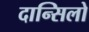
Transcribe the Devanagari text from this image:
दान्सिलो